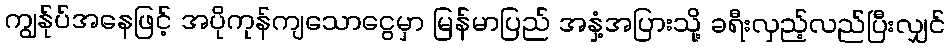
ကျွန်ုပ်အနေဖြင့် အပိုကုန်ကျသောငွေမှာ မြန်မာပြည် အနှံ့အပြားသို့ ခရီးလှည့်လည်ပြီးလျှင်